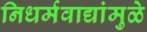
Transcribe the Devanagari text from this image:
निधर्मवाद्यांमुळे